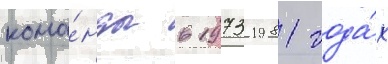
кома́нды в 1973-1981 года́х